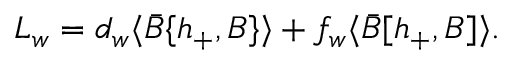
{ \cal L } _ { w } = d _ { w } \langle \bar { B } \{ h _ { + } , B \} \rangle + f _ { w } \langle \bar { B } [ h _ { + } , B ] \rangle .